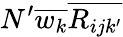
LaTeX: N^{\prime}\overline{{w_{k}}}\overline{{R_{ijk^{\prime}}}}